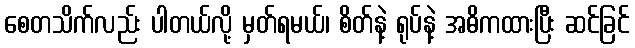
စေတသိက်လည်း ပါတယ်လို့ မှတ်ရမယ်၊ စိတ်နဲ့ ရုပ်နဲ့ အဓိကထားပြီး ဆင်ခြင်